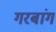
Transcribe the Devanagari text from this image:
गरबांग